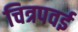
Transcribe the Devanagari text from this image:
चित्रपवई